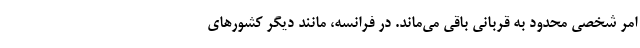
امر شخصی محدود به قربانی باقی می‌ماند. در فرانسه، مانند دیگر کشورهای